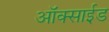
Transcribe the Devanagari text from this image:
ऑक्साई़ड